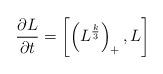
LaTeX: \begin{align*}{\partial L\over \partial t} = \left[\left(L^{k\over 3}\right)_{+} ,L\right]\end{align*}